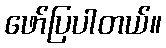
ဖော်ပြပါတယ်။